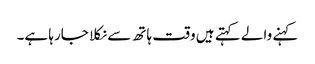
کہنے والے کہتے ہیں وقت ہاتھ سے نکلا جارہا ہے۔